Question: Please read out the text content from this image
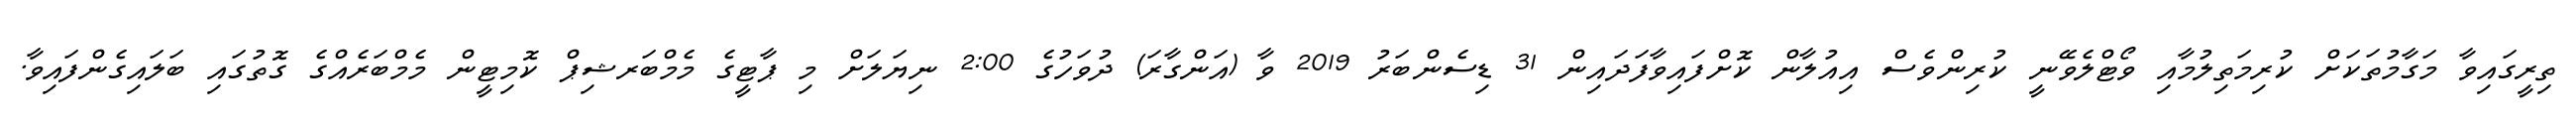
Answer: ތިރީގައިވާ މަގާމުތަކަށް ކުރިމަތިލުމާއި ވޯޓްލެވޭނީ ކުރިންވެސް އިއުލާން ކޮށްފައިވާފަދައިން 31 ޑިސެންބަރު 2019 ވާ (އަންގާރަ) ދުވަހުގެ 2:00 ނިޔަލަށް މި ޕާޓީގެ މެމްބަރޝިޕް ކޮމިޓީން މެމްބަރެއްގެ ގޮތުގައި ބަލައިގެންފައިވާ.